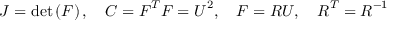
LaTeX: J = \operatorname* { d e t } \left( { \boldsymbol { F } } \right) , \quad { \boldsymbol { C } } = { \boldsymbol { F } } ^ { T } { \boldsymbol { F } } = { \boldsymbol { U } } ^ { 2 } , \quad { \boldsymbol { F } } = { \boldsymbol { R } } { \boldsymbol { U } } , \quad { \boldsymbol { R } } ^ { T } = { \boldsymbol { R } } ^ { - 1 }